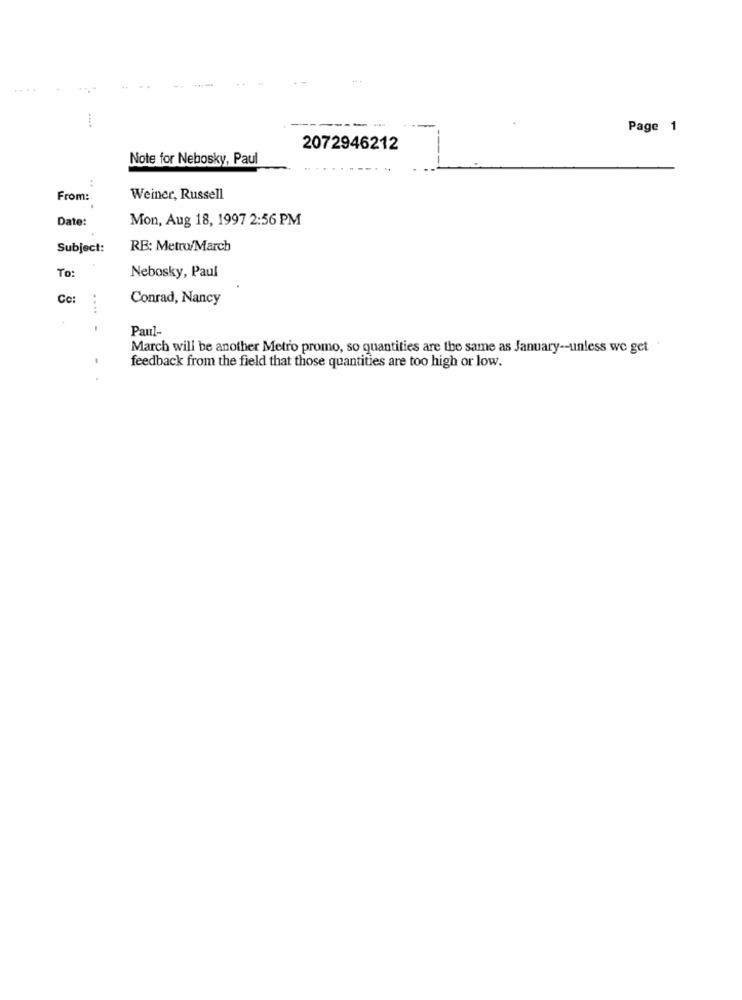
Page 1
2072946212
Note for Nebosky, Paul
:
From:
Weiner, Russell
Date:
Mon, Aug 18, 1997 2:56 PM
Subject:
RE: Metro/March
Nebosky, Paul
To:
Co:
Conrad, Nancy
....
Paul-
March will be another Metro promo, so quantities are the same as January -- unless we get
feedback from the field that those quantities are too high or low.